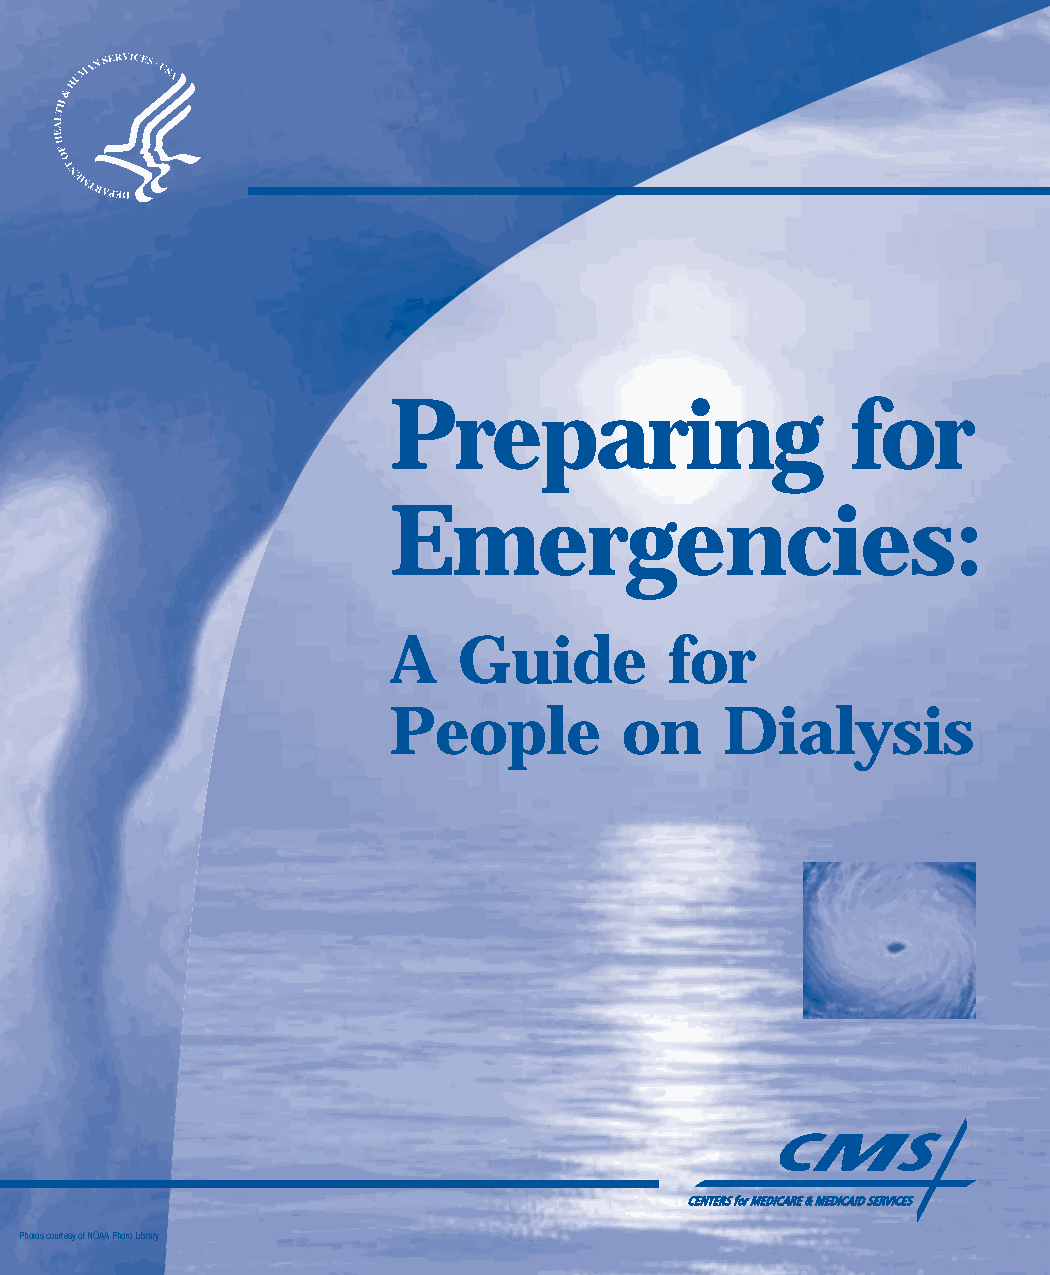
Preparing                     for
 Emergencies:
 A   Guide         for
 People         on     Dialysis
 Photos courtesy of NOAA Photo Library